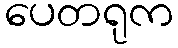
ပေတရုက